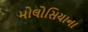
મોલોસિયાના